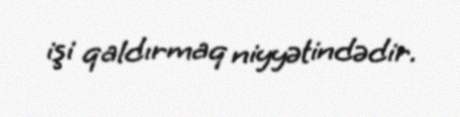
işi qaldırmaq niyyətindədir.